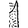
Digit: 1